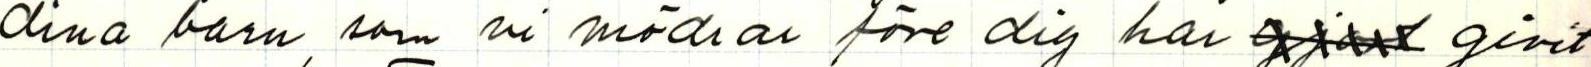
dina barn, som ni mödrar före dig har xxxxx givit